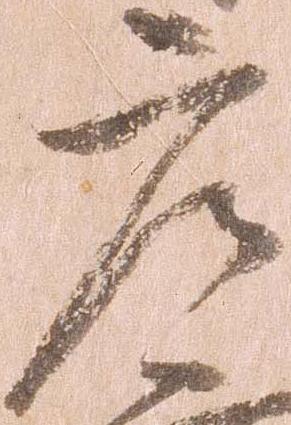
庄